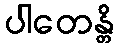
ပါတေန္တိ